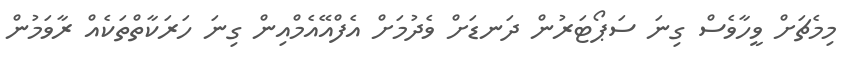
މިމެޗަށް ވީހާވެސް ގިނަ ސަޕޯޓަރުން ދަނޑަށް ވެދުމަށް އެފްއޭއެމްއިން ގިނަ ހަރަކާތްތަކެއް ރާވަމުން